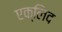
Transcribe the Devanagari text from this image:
एक्लिद